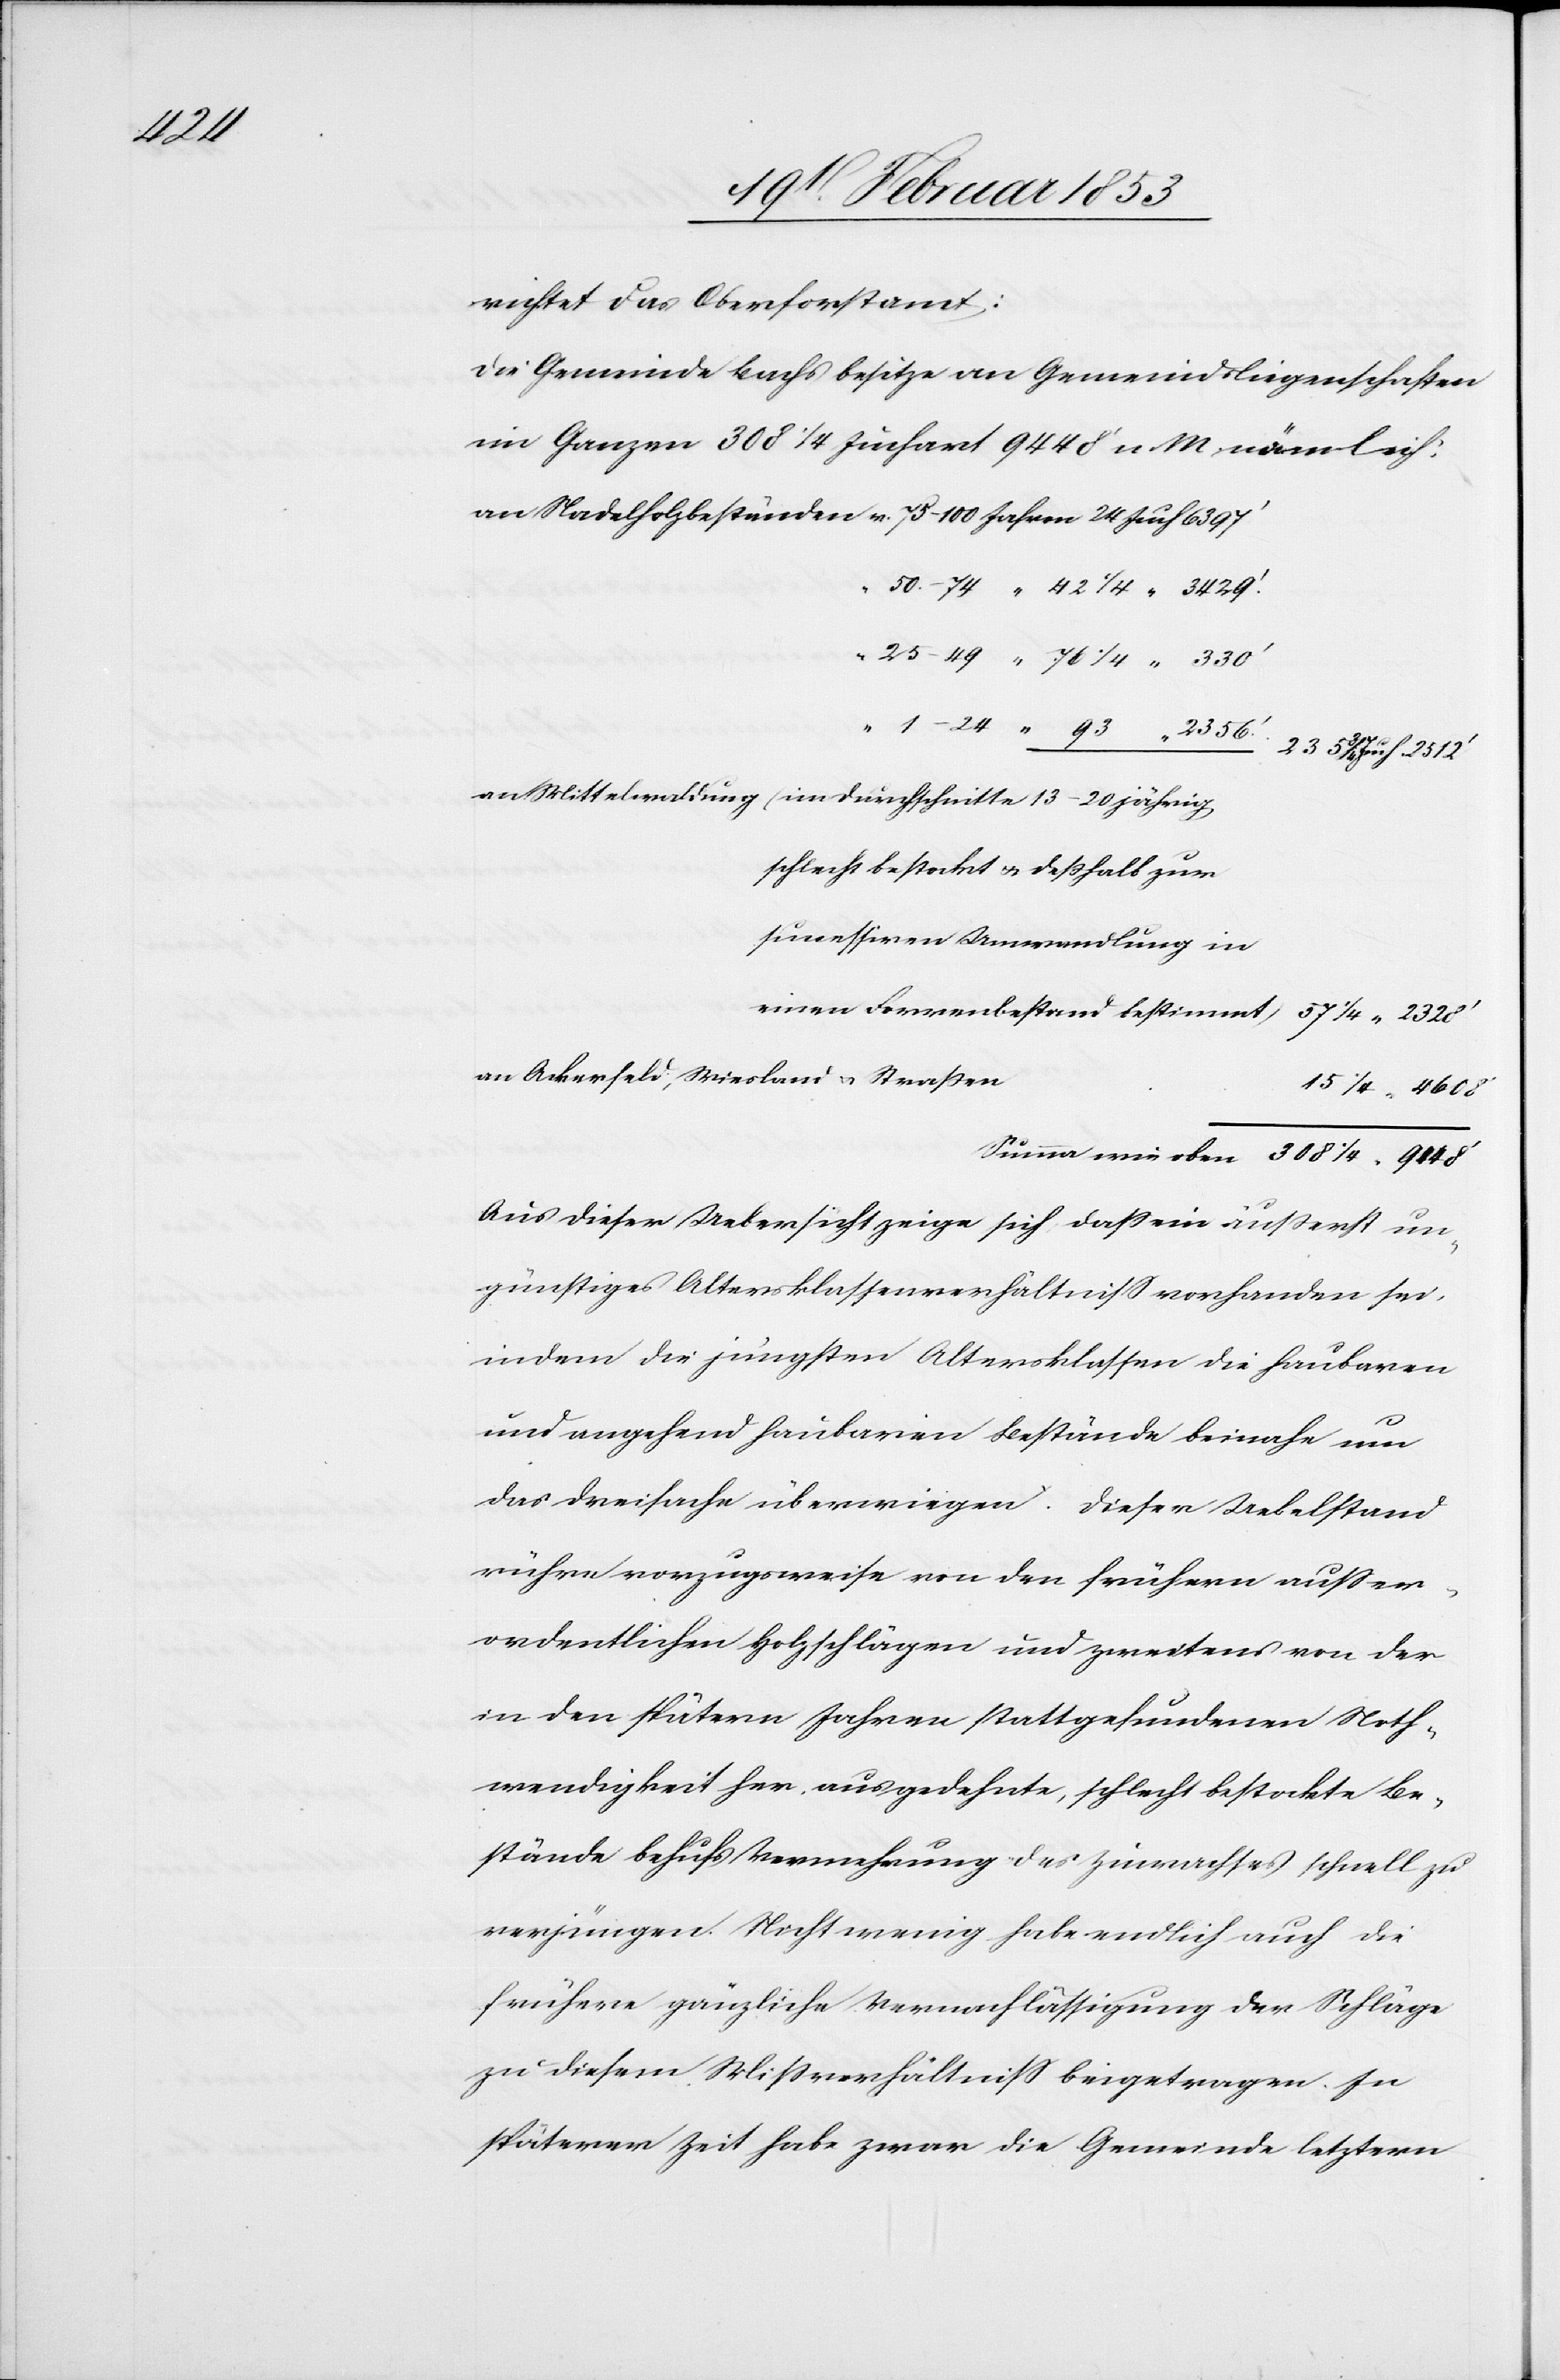
1/4

richtet das Oberforstamt:
Die Gemeinde Bachs besitze an Gemeindliegenschaften
im Ganzen 308 /4 Juchart 9448 n. M. nämlich:
an Nadelholzbeständen v. 75–100 Jahren 24 		Juch 6397’
an Mittelwaldung (im Durchschnitte 13–20 jährig,
schlecht bestockt u. deßhalb zur
einen Forrenbestand bestimmt)				 57 1/4
an Ackerfeld, Wiesland u. Straße¬
Summa wie oben 308
Aus dieser Uebersicht zeige sich daß ein äußerst un¬
günstiges Altersklassenverhältniß vorhanden sei,
indem die jüngsten Altersklassen die haubaren
und angehend haubaren Bestände beinahe um
das dreifache überspringen. Dieser Uebelstand
rühre vorzugsweise von den frühern außer¬
ordentlichen Holzschlägen und zweitens von der
in den spätern Jahren stattgefundenen Noth¬
wendigkeit her ausgedehnte, schlecht bestockte Be¬
stände behufs Vermehrung des Zuwachses schnell zu
verjüngen. Nicht wenig habe endlich auch die
früher gänzliche Vernachlässigung der Schläge
zu diesem Mißverhältniß beigetragen. In
späterer Zeit habe zwar die Gemeinde letztern